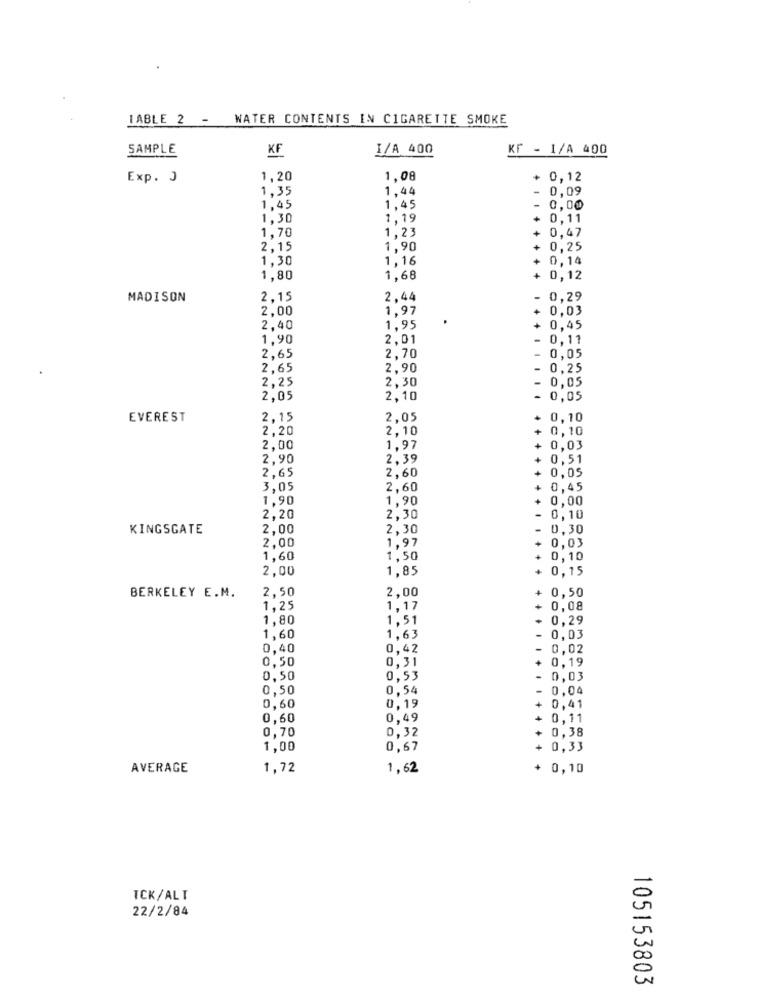
IABLE 2 - WATER CONTENTS IN CIGARETTE SMOKE
SAMPLE
KF
I/A 400
KF - 1/A 400
Exp. J
1,20
1.08
+ 0,12
1,35
1.44
0,09
1.45
1,45
0,00
1.30
1,19
0,11
1,70
1,23
0,47
2,15
1,90
0,25
1,30
1,16
0,14
1,80
1,68
0,12
MADISON
2,15
2.44
0,29
2,00
1.97
0,03
2,40
1.95
0,45
1,90
2,01
0.11
2,65
2,70
0,05
2,65
2.90
0,25
2,25
2,30
0,05
2,05
2,10
0,05
EVEREST
2,15
2,05
0,10
2,20
2,10
0,10
2,00
1.97
0,03
2.90
2.39
0.51
2,65
2,60
0,05
3,05
2,60
0,45
1,90
1,90
0,00
2,20
2.30
0,10
KINGSGATE
2.00
2,30
0.30
2,00
1,97
0,03
1,60
1,50
0,10
2,00
1,85
0,15
2,50
2,00
BERKELEY E.M.
0,50
1.25
1,17
0.08
1,80
1,51
0,29
1.60
1.63
0,03
0,40
0,42
0,02
0,50
0,31
0,19
0.50
0,53
0,03
0,50
0,54
0,04
0,60
0,19
0,41
0,60
0,49
+ 0,11
0,70
0,32
0,38
1.00
0,67
+ 0,33
AVERAGE
1,72
1,62
+ 0,10
TCK/ALT
22/2/84
105153803